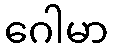
ဂေါမာ